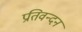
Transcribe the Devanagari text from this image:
प्रतिवन्दन